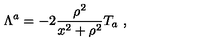
\Lambda ^ { a } = - 2 \frac { \rho ^ { 2 } } { x ^ { 2 } + \rho ^ { 2 } } T _ { a } \ ,